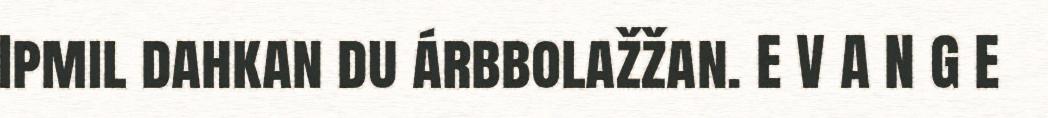
Ipmil dahkan du árbbolažžan. E V A N G E